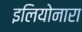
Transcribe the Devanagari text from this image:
इलियोनारा